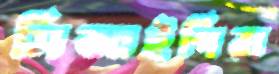
সিআইপিরা